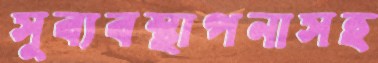
সুব্যবস্থাপনাসহ